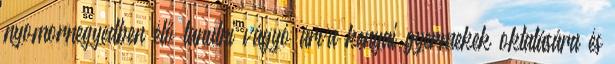
nyomornegyedben élő tanulni vágyó árva kenyai gyermekek oktatására és